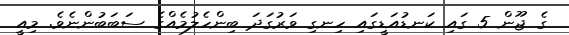
ގެ ޖޫން 5 ގައި ކަނޑުއަޑީގައި ހިނގި ވަރުގަދަ ބިންހެލުމެއްގެ ސަބަބުންނެވެ. މިއީ